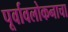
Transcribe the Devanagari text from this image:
पूर्वावलोकनाचा